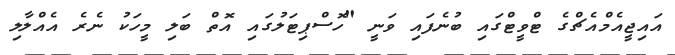
އައިޖީއެމްއެޗްގެ ޓްވީޓްގައި ބުނެފައި ވަނީ "ހޮސްޕިޓަލުގައި އޮތް ބަލި މީހަކު ނެރެ އެއްލާލި